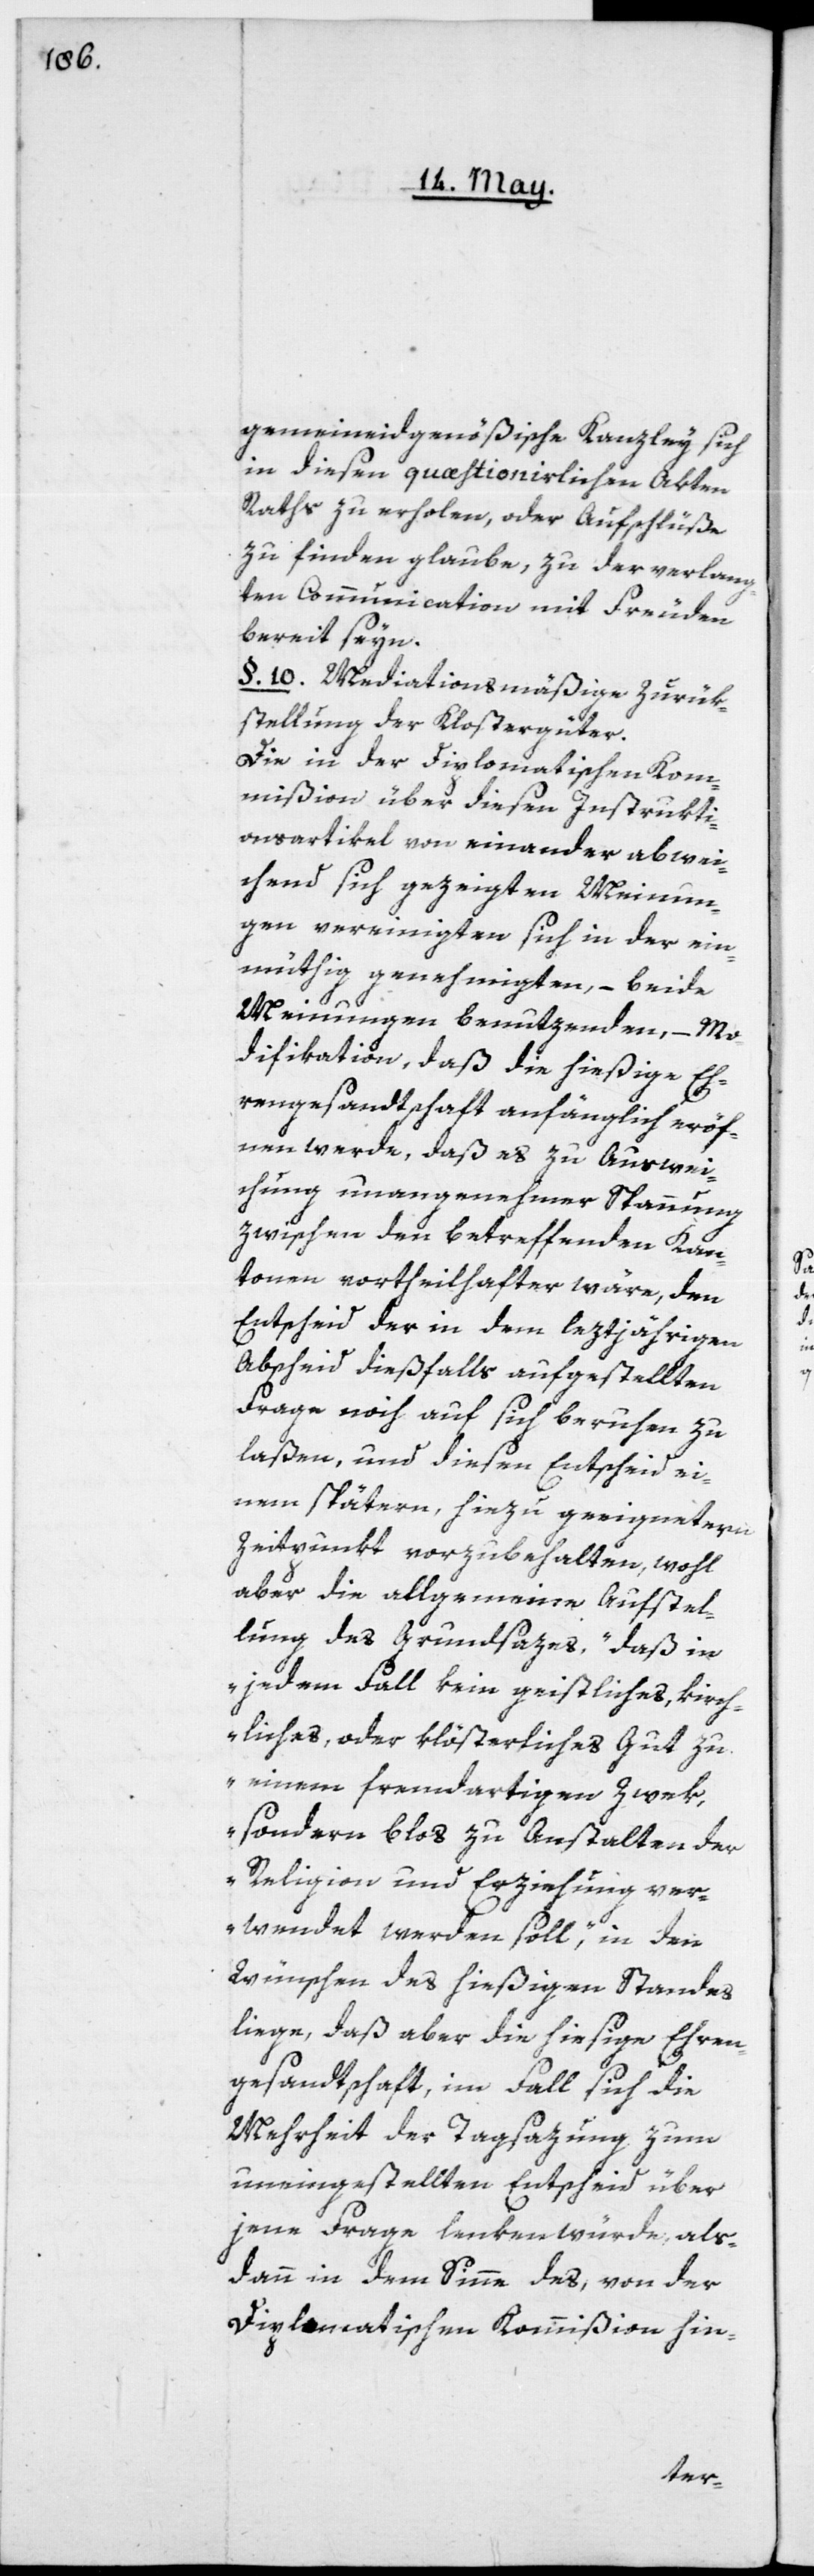
gemeineidgenößische Kanzley sich
in diesen quæstionirlichen Akten
Raths zu erholen, oder Aufschlüße
zu finden glaube, zu der verlang¬
ten Communication mit Freuden
bereit seyn.
§. 10. Mediationsmäßige Zurük¬
stellung der Klostergüter.
Die in der diplomatischen Kom¬
mißion über diesen Instrukti¬
onsartikel von einander abwei¬
chend sich gezeigten Meinun¬
gen, vereinigten sich in der ein¬
müthig genehmigten, – beide
Meinungen benutzenden, – Mo¬
difikation, daß die hießige Eh¬
rengesandtschaft anfänglich eröff¬
nen werde, daß es zu Auswei¬
chung unangenehmer Spannung
zwischen den betreffenden Kan¬
tonen vortheilhafter wäre, den
Entscheid der in dem leztjährigen
Abscheid dießfalls aufgestellten
Frage noch auf sich beruhen zu
laßen, und diesen Entscheid ei¬
nem spätern, hiezu geeigneterm
Zeitpunkt vorzubehalten, wohl
aber die allgemeine Aufstel¬
lung des Grundsazes, „daß in
jedem Fall kein geistliches, kirch¬
liches oder klösterliches Gut zu
einem fremdartigen Zwek,
sondern blos zu Anstalten der
Religion und Erziehung ver¬
wendet werden soll“, in den
Wünschen des hießigen Standes
liege, daß aber die hiesige Ehren¬
gesandtschaft, im Fall sich die
Mehrheit der Tagsazung zum
uneingestellten Entscheid über
jene Frage lenken würde, als¬
dann in dem Sinne des, von der
diplomatischen Kommißion hin-